Report of the Municipal Commissioner on the plague in Bombay for the year ending 31st May... - Volume 2
Disease focus: Plague
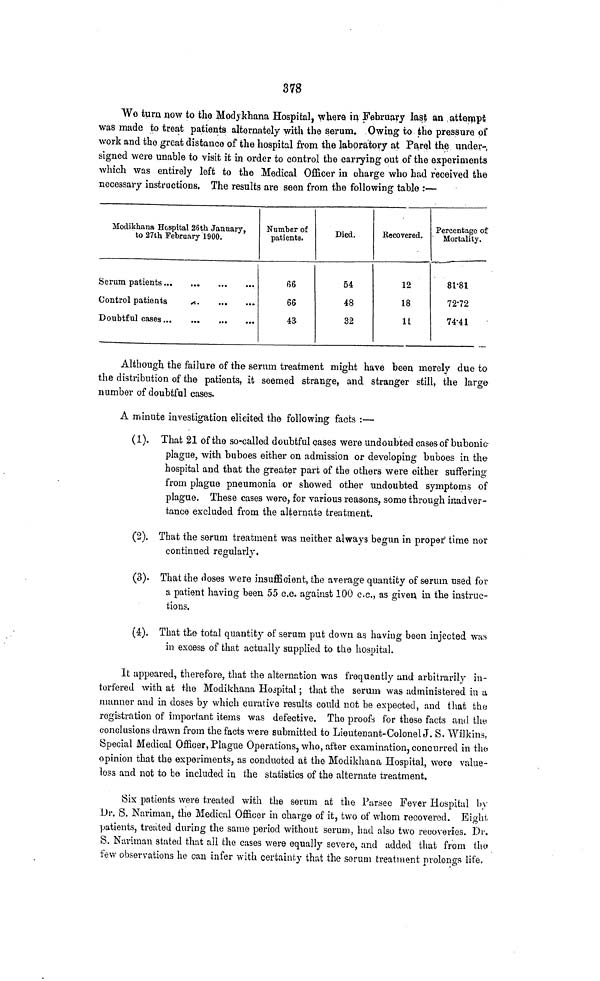
378
We turn now to the Modykhana Hospital, where in February last an attempt
was made to treat patients alternately with the serum. Owing to the pressure of
work and the great distance of the hospital from the laboratory at Parel the under-
signed were unable to visit it in order to control the carrying out of the experiments
which was entirely left to the Medical Officer in charge who had received the
necessary instructions. The results are seen from the following table :—
Modikhana Hospital 26th January,
to 27th February 1900.
Serum patients
Control patients
Doubtful cases
Number of
patients.
66
66
43
Died.
54
48
32
Recovered.
12
18
1Í
Percentage of
Mortality.
81.81
72.72
74.41
Although the failure of the serum treatment might have been merely due to
the distribution of the patients, it seemed strange, and stranger still, the large
number of doubtful cases.
A minute investigation elicited the following facts :—
(1). That 21 of the so-called doubtful cases were undoubted cases of bubonic-
plague, with buboes either on admission or developing buboes in the-
hospital and that the greater part of the others were either suffering
from plague pneumonia or showed other undoubted symptoms of
plague. These cases were, for various reasons, some through inadver-
tance excluded from the alternate treatment.
(2). That the serum treatment was neither always begun in proper time nor
continued regularly.
(3). That the doses were insufficient, the average quantity of serum used for
a patient having been 55 c.c. against 100 c.c., as given in the instruc-
tions.
(4). That the total quantity of serum put down as having been injected was
in excess of that actually supplied to the hospital.
It appeared, therefore, that the alternation was frequently and arbitrarily in-
torfered with at the Modikhana Hospital ; that the serum was administered in a
manner and in doses by which curative results could not be expected, and that the
registration of important items was defective. The proofs for these facts and the
conclusions drawn from the facts were submitted to Lieutenant-Colonel J. S. Wilkins,
Special Medical Officer, Plague Operations, who, after examination, concurred in the
opinion that the experiments, as conducted at the Modikhana Hospital, ware value-
loss and not to be included in the statistics of the alternate treatment.
Six patients were treated with the serum at the Parsee Fever Hospital by
Dr. S. Nariman, the Medical Officer in charge of it, two of whom recovered. Eight
patients, treated during the same period without serum, had also two recoveries. Dr.
S. Nariman stated that all the cases were equally severe, and added that from the
few observations he can infer with certainty that the serum treatment prolongs life.